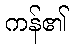
ကန်၏